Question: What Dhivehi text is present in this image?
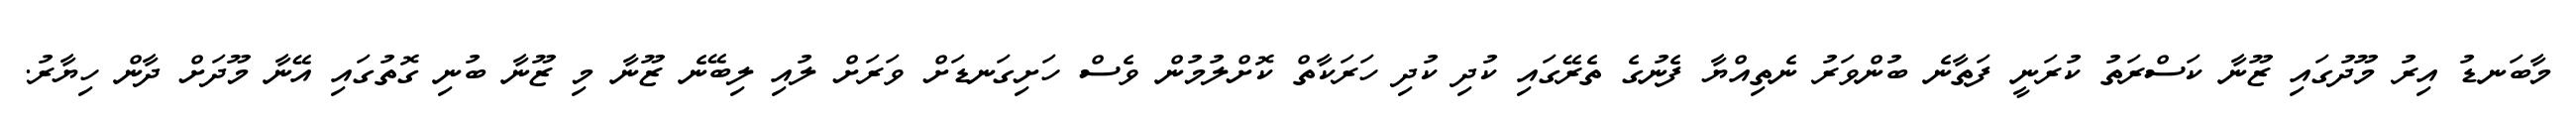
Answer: މާބަނޑު އިރު މޫދުގައި ޒޫނާ ކަސްރަތު ކުރަނީ ފަތާނެ ބުންވަރު ނެތިއްޔާ ފެނުގެ ތެރޭގައި ކުދި ކުދި ހަރަކާތް ކޮށްލުމުން ވެސް ހަށިގަނޑަށް ވަރަށް ލުއި ލިބޭނެ ޒޫނާ މި ޒޫނާ ބުނި ގޮތުގައި އޭނާ މޫދަށް ދާން ހިޔާރު.